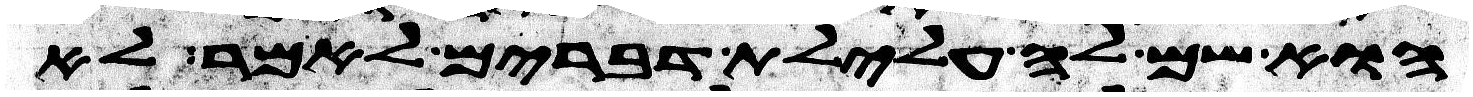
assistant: הוא שם לה עלילת דברים לאמר לא